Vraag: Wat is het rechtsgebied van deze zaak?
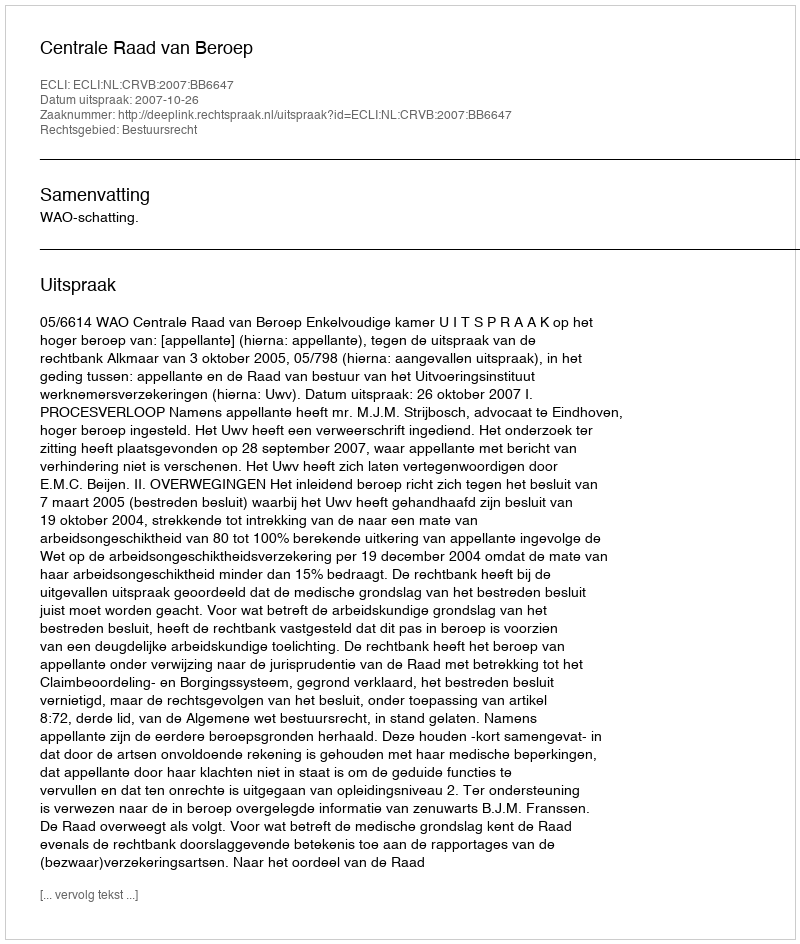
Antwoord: Bestuursrecht